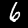
Digit: 6